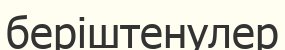
беріштенулер